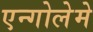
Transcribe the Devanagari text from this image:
एन्गोलेमे